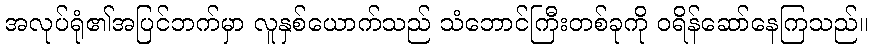
အလုပ်ရုံ၏အပြင်ဘက်မှာ လူနှစ်ယောက်သည် သံဘောင်ကြီးတစ်ခုကို ဝရိန်ဆော်နေကြသည်။